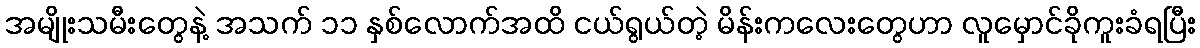
အမျိုးသမီးတွေနဲ့ အသက် ၁၁ နှစ်လောက်အထိ ငယ်ရွယ်တဲ့ မိန်းကလေးတွေဟာ လူမှောင်ခိုကူးခံရပြီး